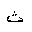
Letter: _tha